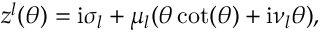
\begin{array} { r } { z ^ { l } ( \theta ) = \mathrm { i } \sigma _ { l } + \mu _ { l } ( \theta \cot ( \theta ) + \mathrm { i } \nu _ { l } \theta ) , } \end{array}